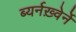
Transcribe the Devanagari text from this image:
ब्यर्नख़्वेर्ने